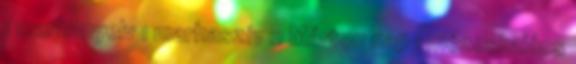
1 marhanyelv 1 marhaszív 2 Márton nap 1 mézeskalács